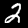
Label: 2